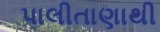
પાલીતાણાથી